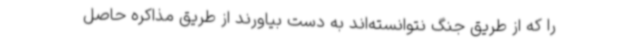
را که از طریق جنگ نتوانسته‌اند به دست بیاورند از طریق مذاکره حاصل